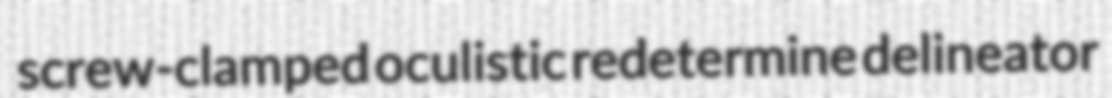
screw-clamped oculistic redetermine delineator